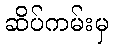
ဆိပ်ကမ်းမှ